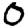
Digit: 0